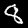
Label: 8